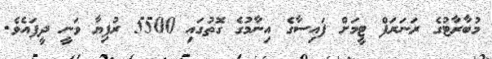
މުބާރާޓުގެ ރަނަރަފް ޓީމަށް ފައިސާގެ އިނާމުގެ ގޮތުގައި 5500 ރުފިޔާ ވަނީ ދީފައެވެ.